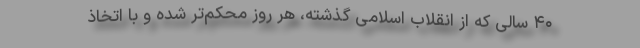
۴۰ سالی که از انقلاب اسلامی گذشته، هر روز محکم‌تر شده و با اتخاذ